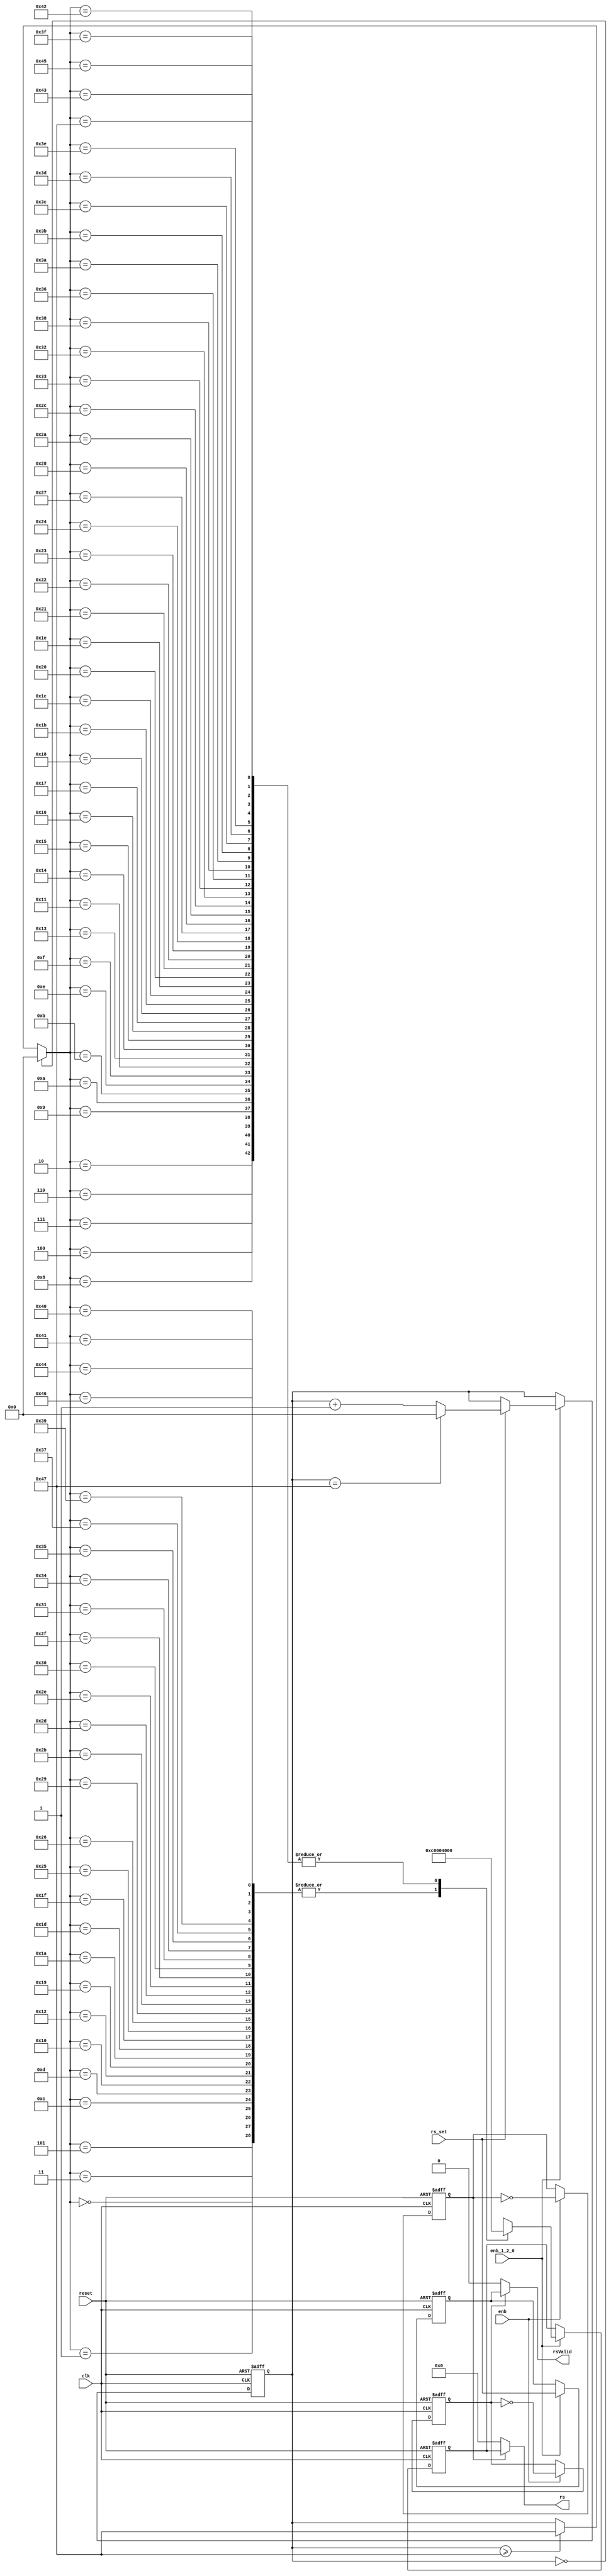
// -------------------------------------------------------------
// 
// 
// Generated by MATLAB 9.13 and HDL Coder 4.0
// 
// -------------------------------------------------------------


// -------------------------------------------------------------
// 
// Module: whdlOFDMTx_Reference_Signals
// Source Path: whdlOFDMTx/Frame Generator/Reference Signals
// Hierarchy Level: 4
// 
// -------------------------------------------------------------

`timescale 1 ns / 1 ns

module whdlOFDMTx_Reference_Signals
          (clk,
           reset,
           enb,
           enb_1_2_0,
           rs_set,
           rs,
           rsValid);


  input   clk;
  input   reset;
  input   enb;
  input   enb_1_2_0;
  input   rs_set;
  output  signed [15:0] rs;  // sfix16_En14
  output  rsValid;


  reg  Upsample_muxsel;  // ufix1
  wire [6:0] count_step;  // ufix7
  wire [6:0] count_from;  // ufix7
  reg [6:0] RS_Counter_out1;  // ufix7
  wire [6:0] count;  // ufix7
  wire need_to_wrap;
  wire [6:0] count_value;  // ufix7
  wire [6:0] count_1;  // ufix7
  wire [6:0] RS_LUT_k;  // ufix7
  wire signed [15:0] RS_LUT_table_data [0:71];  // sfix16_En14 [72]
  wire signed [15:0] RS_LUT_out1;  // sfix16_En14
  reg signed [15:0] Delay_out1;  // sfix16_En14
  wire signed [15:0] Upsample_zero;  // sfix16_En14
  wire signed [15:0] Upsample_out1;  // sfix16_En14
  reg  Upsample1_muxsel;  // ufix1
  reg  Delay2_out1;
  wire Upsample1_zero;
  wire Upsample1_out1;

  // Upsampling is done to compensate the rate change due to Convolutional Encoder 
  // in Header and Data subsystems.
  // Access reference signal from LUT.


  // Free running, Unsigned Counter
  //  initial value   = 1
  //  step value      = 1
  // Upsample: Upsample by 2, Sample offset 0 
  always @(posedge clk or posedge reset)
    begin : Upsample_cnt_process
      if (reset == 1'b1) begin
        Upsample_muxsel <= 1'b1;
      end
      else begin
        if (enb) begin
          Upsample_muxsel <=  ~ Upsample_muxsel;
        end
      end
    end



  // Count limited, Unsigned Counter
  //  initial value   = 0
  //  step value      = 1
  //  count to value  = 71
  assign count_step = 7'b0000001;



  assign count_from = 7'b0000000;



  assign count = RS_Counter_out1 + count_step;



  assign need_to_wrap = RS_Counter_out1 == 7'b1000111;



  assign count_value = (need_to_wrap == 1'b0 ? count :
              count_from);



  assign count_1 = (rs_set == 1'b0 ? RS_Counter_out1 :
              count_value);



  always @(posedge clk or posedge reset)
    begin : RS_Counter_process
      if (reset == 1'b1) begin
        RS_Counter_out1 <= 7'b0000000;
      end
      else begin
        if (enb_1_2_0) begin
          RS_Counter_out1 <= count_1;
        end
      end
    end



  assign RS_LUT_table_data[0] = 16'sb1100000000000000;
  assign RS_LUT_table_data[1] = 16'sb1100000000000000;
  assign RS_LUT_table_data[2] = 16'sb0100000000000000;
  assign RS_LUT_table_data[3] = 16'sb1100000000000000;
  assign RS_LUT_table_data[4] = 16'sb0100000000000000;
  assign RS_LUT_table_data[5] = 16'sb1100000000000000;
  assign RS_LUT_table_data[6] = 16'sb0100000000000000;
  assign RS_LUT_table_data[7] = 16'sb0100000000000000;
  assign RS_LUT_table_data[8] = 16'sb0100000000000000;
  assign RS_LUT_table_data[9] = 16'sb0100000000000000;
  assign RS_LUT_table_data[10] = 16'sb0100000000000000;
  assign RS_LUT_table_data[11] = 16'sb0100000000000000;
  assign RS_LUT_table_data[12] = 16'sb1100000000000000;
  assign RS_LUT_table_data[13] = 16'sb1100000000000000;
  assign RS_LUT_table_data[14] = 16'sb0100000000000000;
  assign RS_LUT_table_data[15] = 16'sb0100000000000000;
  assign RS_LUT_table_data[16] = 16'sb1100000000000000;
  assign RS_LUT_table_data[17] = 16'sb0100000000000000;
  assign RS_LUT_table_data[18] = 16'sb1100000000000000;
  assign RS_LUT_table_data[19] = 16'sb0100000000000000;
  assign RS_LUT_table_data[20] = 16'sb0100000000000000;
  assign RS_LUT_table_data[21] = 16'sb0100000000000000;
  assign RS_LUT_table_data[22] = 16'sb0100000000000000;
  assign RS_LUT_table_data[23] = 16'sb0100000000000000;
  assign RS_LUT_table_data[24] = 16'sb0100000000000000;
  assign RS_LUT_table_data[25] = 16'sb1100000000000000;
  assign RS_LUT_table_data[26] = 16'sb1100000000000000;
  assign RS_LUT_table_data[27] = 16'sb0100000000000000;
  assign RS_LUT_table_data[28] = 16'sb0100000000000000;
  assign RS_LUT_table_data[29] = 16'sb1100000000000000;
  assign RS_LUT_table_data[30] = 16'sb0100000000000000;
  assign RS_LUT_table_data[31] = 16'sb1100000000000000;
  assign RS_LUT_table_data[32] = 16'sb0100000000000000;
  assign RS_LUT_table_data[33] = 16'sb0100000000000000;
  assign RS_LUT_table_data[34] = 16'sb0100000000000000;
  assign RS_LUT_table_data[35] = 16'sb0100000000000000;
  assign RS_LUT_table_data[36] = 16'sb0100000000000000;
  assign RS_LUT_table_data[37] = 16'sb1100000000000000;
  assign RS_LUT_table_data[38] = 16'sb1100000000000000;
  assign RS_LUT_table_data[39] = 16'sb0100000000000000;
  assign RS_LUT_table_data[40] = 16'sb0100000000000000;
  assign RS_LUT_table_data[41] = 16'sb1100000000000000;
  assign RS_LUT_table_data[42] = 16'sb0100000000000000;
  assign RS_LUT_table_data[43] = 16'sb1100000000000000;
  assign RS_LUT_table_data[44] = 16'sb0100000000000000;
  assign RS_LUT_table_data[45] = 16'sb1100000000000000;
  assign RS_LUT_table_data[46] = 16'sb1100000000000000;
  assign RS_LUT_table_data[47] = 16'sb1100000000000000;
  assign RS_LUT_table_data[48] = 16'sb1100000000000000;
  assign RS_LUT_table_data[49] = 16'sb1100000000000000;
  assign RS_LUT_table_data[50] = 16'sb0100000000000000;
  assign RS_LUT_table_data[51] = 16'sb0100000000000000;
  assign RS_LUT_table_data[52] = 16'sb1100000000000000;
  assign RS_LUT_table_data[53] = 16'sb1100000000000000;
  assign RS_LUT_table_data[54] = 16'sb0100000000000000;
  assign RS_LUT_table_data[55] = 16'sb1100000000000000;
  assign RS_LUT_table_data[56] = 16'sb0100000000000000;
  assign RS_LUT_table_data[57] = 16'sb1100000000000000;
  assign RS_LUT_table_data[58] = 16'sb0100000000000000;
  assign RS_LUT_table_data[59] = 16'sb0100000000000000;
  assign RS_LUT_table_data[60] = 16'sb0100000000000000;
  assign RS_LUT_table_data[61] = 16'sb0100000000000000;
  assign RS_LUT_table_data[62] = 16'sb0100000000000000;
  assign RS_LUT_table_data[63] = 16'sb0100000000000000;
  assign RS_LUT_table_data[64] = 16'sb1100000000000000;
  assign RS_LUT_table_data[65] = 16'sb1100000000000000;
  assign RS_LUT_table_data[66] = 16'sb0100000000000000;
  assign RS_LUT_table_data[67] = 16'sb0100000000000000;
  assign RS_LUT_table_data[68] = 16'sb1100000000000000;
  assign RS_LUT_table_data[69] = 16'sb0100000000000000;
  assign RS_LUT_table_data[70] = 16'sb1100000000000000;
  assign RS_LUT_table_data[71] = 16'sb0100000000000000;
  assign RS_LUT_k = (RS_Counter_out1 == 7'b0000000 ? 7'b0000000 :
              (RS_Counter_out1 >= 7'b1000111 ? 7'b1000111 :
              RS_Counter_out1));
  assign RS_LUT_out1 = RS_LUT_table_data[RS_LUT_k];



  always @(posedge clk or posedge reset)
    begin : Delay_process
      if (reset == 1'b1) begin
        Delay_out1 <= 16'sb0000000000000000;
      end
      else begin
        if (enb_1_2_0) begin
          Delay_out1 <= RS_LUT_out1;
        end
      end
    end



  assign Upsample_zero = 16'sb0000000000000000;



  assign Upsample_out1 = (Upsample_muxsel == 1'b1 ? Delay_out1 :
              Upsample_zero);



  assign rs = Upsample_out1;

  // Free running, Unsigned Counter
  //  initial value   = 1
  //  step value      = 1
  // Upsample1: Upsample by 2, Sample offset 0 
  always @(posedge clk or posedge reset)
    begin : Upsample1_cnt_process
      if (reset == 1'b1) begin
        Upsample1_muxsel <= 1'b1;
      end
      else begin
        if (enb) begin
          Upsample1_muxsel <=  ~ Upsample1_muxsel;
        end
      end
    end



  always @(posedge clk or posedge reset)
    begin : Delay2_process
      if (reset == 1'b1) begin
        Delay2_out1 <= 1'b0;
      end
      else begin
        if (enb_1_2_0) begin
          Delay2_out1 <= rs_set;
        end
      end
    end



  assign Upsample1_zero = 1'b0;



  assign Upsample1_out1 = (Upsample1_muxsel == 1'b1 ? Delay2_out1 :
              Upsample1_zero);



  assign rsValid = Upsample1_out1;

endmodule  // whdlOFDMTx_Reference_Signals